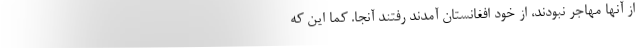
از آنها مهاجر نبودند، از خود افغانستان آمدند رفتند آنجا. کما این که